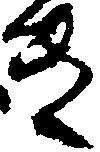
き